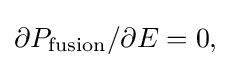
{\textstyle \partial P_{\text{fusion}}/\partial E=0,}